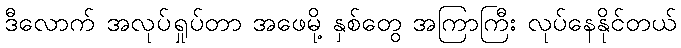
ဒီလောက် အလုပ်ရှုပ်တာ အဖေမို့ နှစ်တွေ အကြာကြီး လုပ်နေနိုင်တယ်